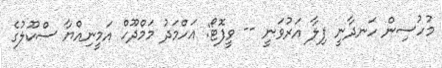
މުހުސިން ހަނދާނީ ފިލާ އަރުވަނީ -- ވީފޮޓޯ: އަހްމަދު މަމްދޫހް އަމީނިއްޔާ ސްކޫލުގެ